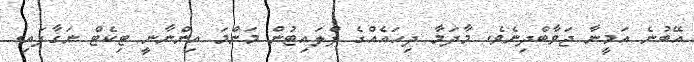
އޭބުނެ އަމީނާ ޖަވާބްދިނެވެ. މާދަމާ ދިހައެއްގެ ފްލައިޓުން މަންމަ އިންނާނީ ޓިކެޓް ނަގާފައި.